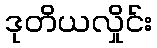
ဒုတိယလှိုင်း